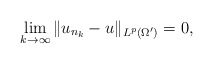
\begin{align*}\lim_{k\to\infty} \|u_{n_k}-u\|_{L^p(\Omega')}=0,\end{align*}